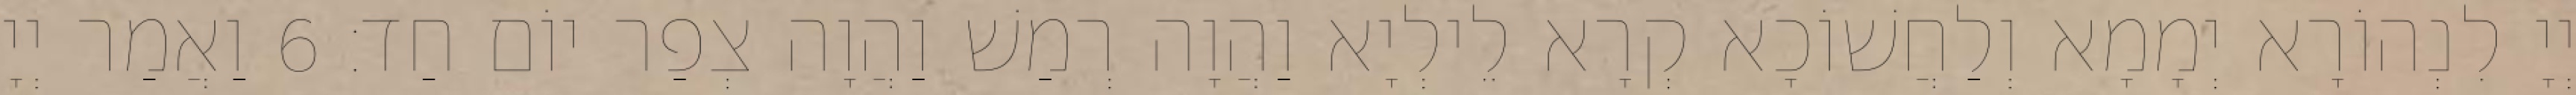
יְיָ לִנְהוֹרָא יְמָמָא וְלַחֲשׁוֹכָא קְרָא לֵילְיָא וַהֲוָה רְמַשׁ וַהֲוָה צְפַר יוֹם חַד׃ 6 וַאֲמַר יְיָ